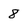
Character: 8